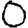
Digit: 0